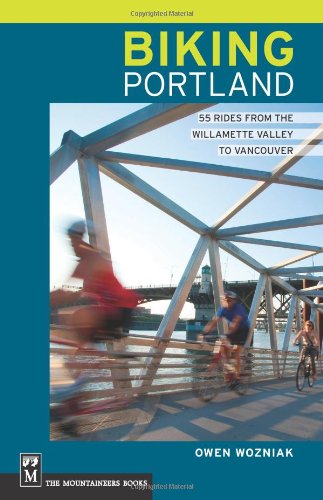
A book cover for Biking Portland: 55 Rides from the Williamette Valley to Vancouver; Owen Wozniak; Travel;